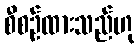
စီစဉ်ထားသည်ဟု